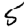
Digit: 5